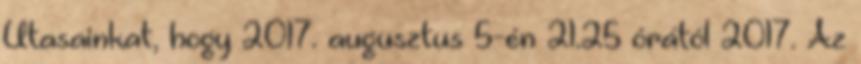
Utasainkat, hogy 2017. augusztus 5-én 21.25 órától 2017. Az